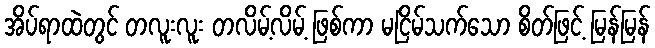
အိပ်ရာထဲတွင် တလူးလူး တလိမ့်လိမ့် ဖြစ်ကာ မငြိမ်သက်သော စိတ်ဖြင့် မြန်မြန်